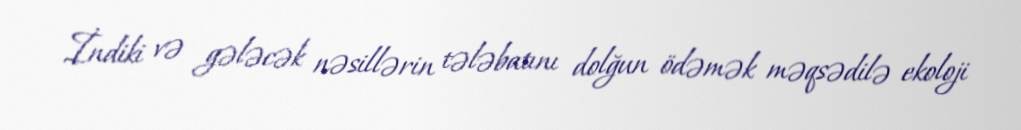
İndiki və gələcək nəsillərin tələbatını dolğun ödəmək məqsədilə ekoloji